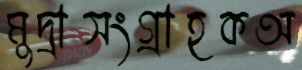
মুদ্রাসংগ্রাহকঅ